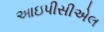
આઇપીસીએલ